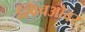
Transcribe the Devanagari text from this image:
स्विचओवर